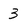
Character: 3